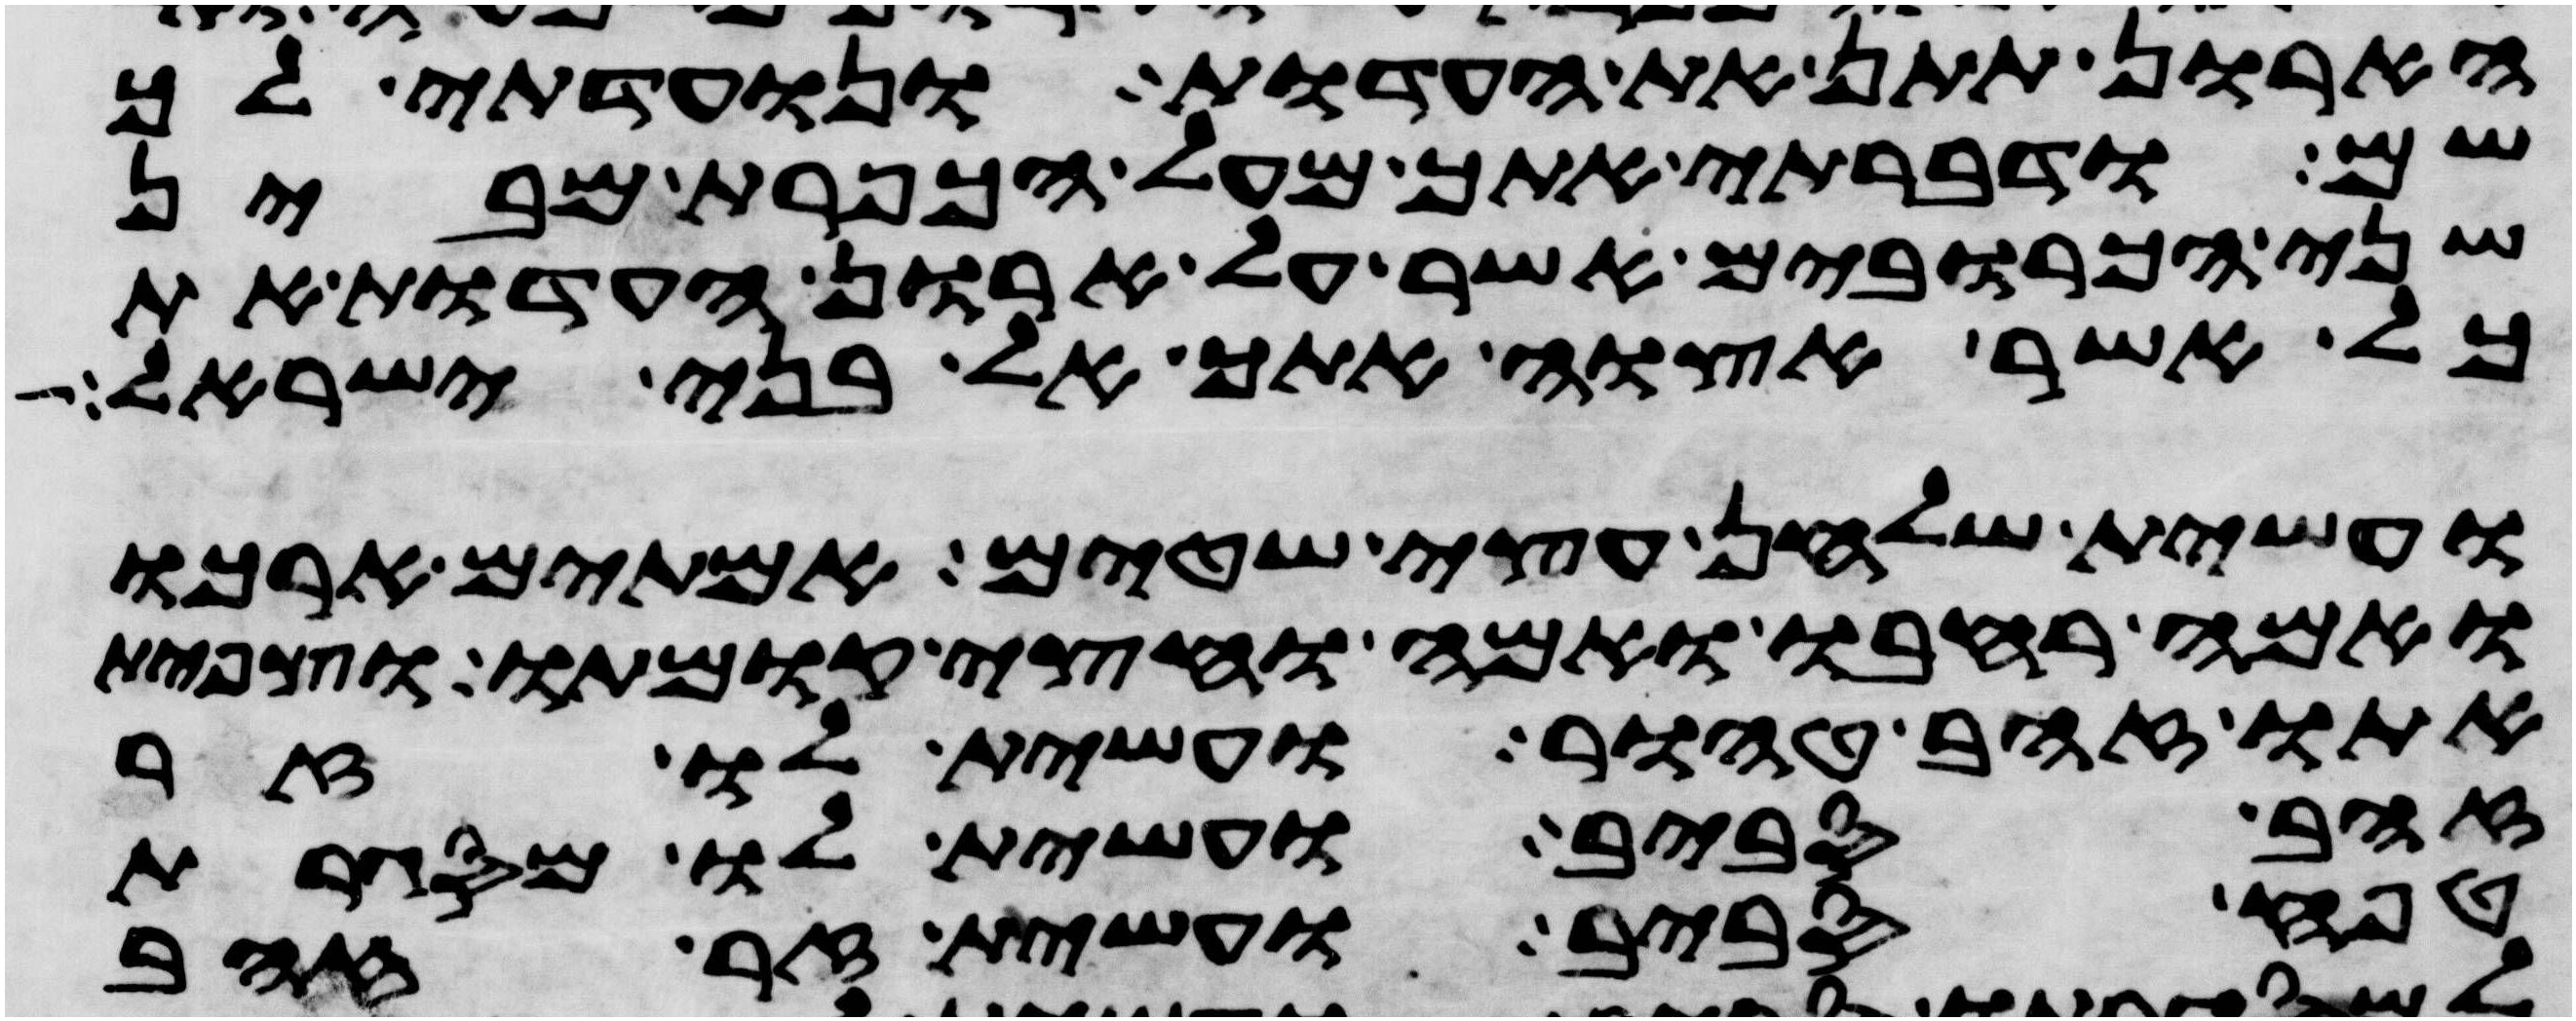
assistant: הארון תתן את העדות ונועדתי לך
שם ודברתי אתך מעל הכפרת מבין
שני הכרובים אשר על ארון העדות את
כל אשר אצוה אתך אל בני ישראל
ועשית שלחן עצי שטים אמתים ארכו
ואמה רחבו ואמה וחצי קומתו וצפית
אתו זהב טהור ועשית לו זר
זהב סביב ועשית לו מסגרת
טפח סביב ועשית זר זהב